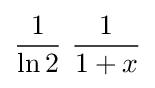
{\frac {1}{\ln 2}}\ {\frac {1}{1+x}}